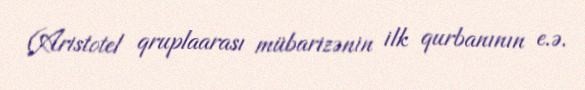
(Aristotel qruplaarası mübarizənin ilk qurbanının e.ə.